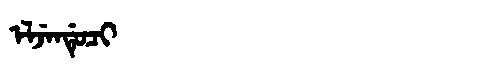
Manchu: ᡝᠯᠵᡝᠨᡩᡠᠴᡳ
Romanization: ELJENDUCI